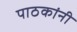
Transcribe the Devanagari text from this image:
पाठकांनी